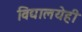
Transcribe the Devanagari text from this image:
विद्यालयेही